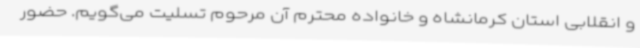
و انقلابی استان کرمانشاه و خانواده محترم آن مرحوم تسلیت می‌گویم. حضور